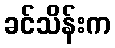
ခင်သိန်းက